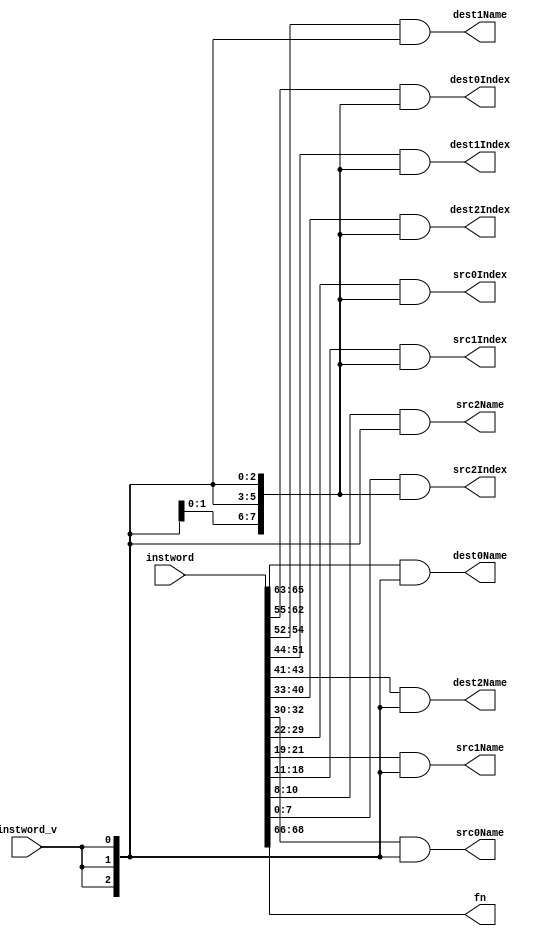
// This program was cloned from: https://github.com/VeriGOOD-ML/public
// License: Apache License 2.0

/* 
 * Instruction Format
 * Fn | dest0 | dest1 | dest2 | src0 | src1 | src2
 */
 
 `timescale 1ns/1ps
 
module instCutter #(
    parameter destNum = 3, //only can write to GRADIENT, WEIGHT, INTERIM, BUS_SYSTEM, NEIGBOURS
    parameter srcNum = 3,
    parameter fnLen = 3,
    parameter nameLen = 3,
    parameter indexLen = 8,
    parameter instLen = fnLen + nameLen*destNum + nameLen*srcNum + indexLen*(srcNum+destNum)
//--------------------------------------------------------------------------------------
)(
	instword,
	instword_v,
	
	fn,
	
	dest0Name,
	dest0Index,

	dest1Name,
	dest1Index,
	
	dest2Name,
	dest2Index,

	src0Name,
	src0Index,

	src1Name,
	src1Index,

	src2Name,
	src2Index
);

	//--------------------------------------------------------------------------------------


	//--------------------------------------------------------------------------------------
	input[instLen - 1: 0] instword;
	input instword_v;
	output[fnLen - 1: 0] fn;
	output[nameLen - 1: 0]  dest0Name;
	output[indexLen - 1: 0] dest0Index;
	output[nameLen - 1: 0]  dest1Name;
	output[indexLen - 1: 0] dest1Index;
	output[nameLen - 1: 0]  dest2Name;
	output[indexLen - 1: 0] dest2Index;
	output[nameLen - 1: 0]  src0Name;
	output[indexLen - 1: 0] src0Index;
	output[nameLen - 1: 0]  src1Name;
	output[indexLen - 1: 0] src1Index;
	output[nameLen - 1: 0]  src2Name;
	output[indexLen - 1: 0] src2Index;
	//--------------------------------------------------------------------------------------
	
	//--------------------------------------------------------------------------------------
	assign fn = instword [ 6*(indexLen + nameLen) + fnLen - 1 : 6*(indexLen + nameLen) ];
	
	assign dest0Name = instword [ 6*(indexLen + nameLen) - 1 : 6*indexLen + 5*nameLen ] & {nameLen{instword_v}};
	assign dest0Index = instword [ 6*indexLen + 5*nameLen - 1 : 5*(indexLen + nameLen) ] & {indexLen{instword_v}};
	
	assign dest1Name = instword [ 5*(indexLen + nameLen) - 1 : 5*indexLen + 4*nameLen ] & {nameLen{instword_v}};
	assign dest1Index = instword [ 5*indexLen + 4*nameLen - 1 : 4*(indexLen + nameLen) ] & {indexLen{instword_v}};
	
	assign dest2Name = instword [ 4*(indexLen + nameLen) - 1 : 4*indexLen + 3*nameLen ] & {nameLen{instword_v}};
	assign dest2Index = instword [ 4*indexLen + 3*nameLen - 1 : 3*(indexLen + nameLen) ] & {indexLen{instword_v}};
	
	assign src0Name = instword [ 3*(indexLen + nameLen) - 1 : 3*indexLen + 2*nameLen ] & {nameLen{instword_v}};
	assign src0Index = instword [ 3*indexLen + 2*nameLen - 1 : 2*(indexLen + nameLen) ] & {indexLen{instword_v}};
	
	assign src1Name = instword [ 2*(indexLen + nameLen) - 1 : 2*indexLen + nameLen ] & {nameLen{instword_v}};
	assign src1Index = instword [ 2*indexLen + nameLen - 1 : indexLen + nameLen ] & {indexLen{instword_v}};
	
	assign src2Name = instword [ indexLen + nameLen - 1 : indexLen ] & {nameLen{instword_v}};
	assign src2Index = instword [indexLen - 1 : 0] & {indexLen{instword_v}};
	//--------------------------------------------------------------------------------------
	
endmodule